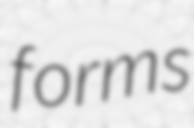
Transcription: forms